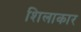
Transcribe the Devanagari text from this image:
शिलाकार